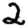
Digit: 2